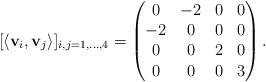
\begin{align*}[\langle \mathbf{v}_i, \mathbf{v}_j \rangle]_{i,j = 1, \dots, 4}=\begin{pmatrix}0 & -2 & 0 & 0 \\-2 & 0 & 0 & 0 \\0 & 0 & 2 & 0 \\0 & 0 & 0 & 3 \\\end{pmatrix}.\end{align*}